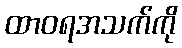
ထာဝရအသက်ကို